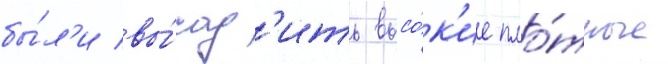
бы́л'и вы́сад'ить высо́к'ие пло́тные